Civil Veterinary Dept. North-West Frontier Province 1933-46 - 1933-1946
Year: 1933
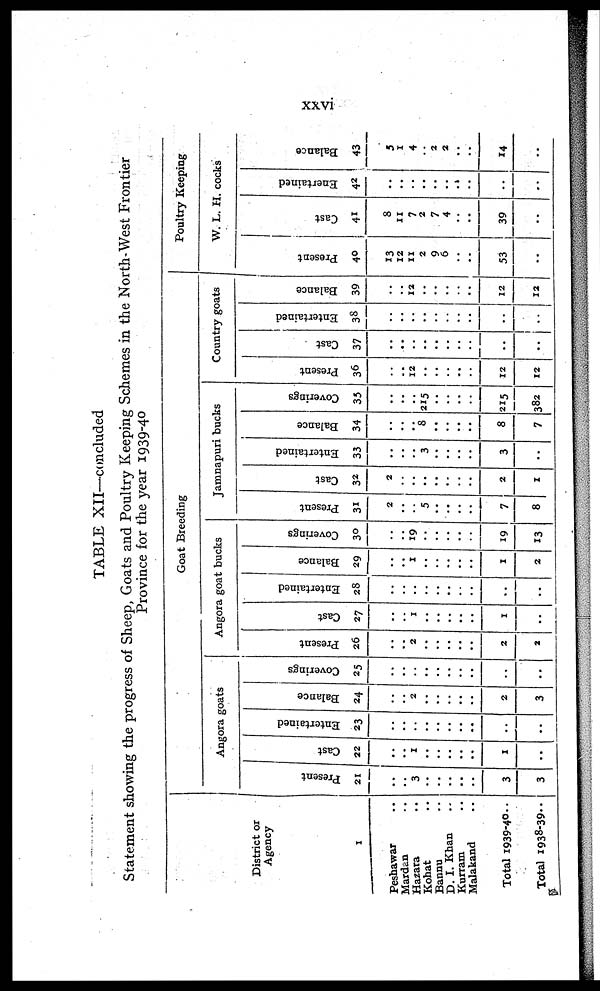
xxvi
TABLE XII—concluded
Statement showing the progress of Sheep, Goats and Poultry Keeping Schemes in the North-West Frontier
Province for the year 1939-40
District or
Agency
1
Peshawar ..
Mardan ..
Hazara ..
Kohat ..
Bannu ..
D. I. Khan ..
Kurram ..
Malakand ..
Total 1939-40..
Total 1938-39..
Goat Breeding
Angora goats
Pr es ent
21
..
..
3
..
..
..
..
..
3
3
Cast
22
..
..
1
..
..
..
..
..
1
..
Ent er t
ai ned
23
..
..
..
..
..
..
..
..
..
..
Bal ance
24
..
..
2
..
..
..
..
..
2
3
Cove r
i
ngs
25
..
..
..
..
..
..
..
..
..
..
Angora goat bucks
Pr es ent
26
..
..
2
..
..
..
..
..
2
2
Cast
27
..
..
1
..
..
..
..
..
1
..
Ent e r
t
a i
ne d
28
..
..
..
..
..
..
..
..
..
..
Ba l
a nc e
29
..
..
1
..
..
..
..
..
1
2
Cove r
i
ngs
30
..
..
19
..
..
..
..
..
19
13
Jamnapuri bucks
Pr es ent
31
2
..
..
5
..
..
..
..
7
8
Cast
32
2
..
..
..
..
..
..
..
2
1
Ent e r
t
a i
ne d
33
..
..
..
3
..
..
..
..
3
..
Ba l
a nc e
34
..
..
..
8
..
..
..
..
8
7
Cove r
i
ngs
35
..
..
..
215
..
..
..
..
215
382
Country goats
Pr es ent
36
..
..
12
..
..
..
..
..
12
12
Cast
37
..
..
..
..
..
..
..
..
..
..
Ent e r
t
a i
ne d
38
..
..
..
..
..
..
..
..
..
..
Ba l
a nc e
39
..
..
12
..
..
..
..
..
12
12
Poultry Keeping
W. L. H. cocks
Pr es ent
40
13
12
11
2
9
6
..
..
53
..
Cast
41
8
11
7
2
7
4
..
..
39
..
Ene r
t
a i
ne d
42
..
..
..
..
..
..
..
..
..
Ba l
a nc e
43
5
1
4
..
2
2
..
..
14
..